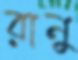
রানু